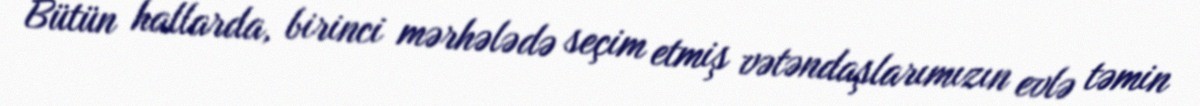
Bütün hallarda, birinci mərhələdə seçim etmiş vətəndaşlarımızın evlə təmin